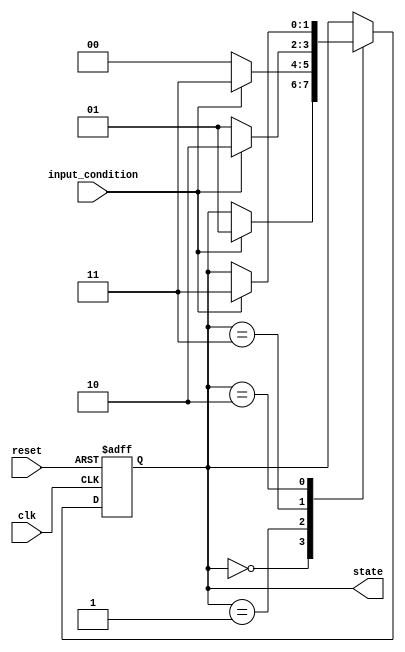
module gray_code_state_machine(
    input wire clk,
    input wire reset,
    input wire input_condition,
    output reg [1:0] state
);

parameter S0 = 2'b00;
parameter S1 = 2'b01;
parameter S2 = 2'b11;
parameter S3 = 2'b10;

always @(posedge clk or posedge reset) begin
    if (reset) begin
        state <= S0;
    end else begin
        case(state)
            S0: begin
                if(input_condition) begin
                    state <= S1;
                end
            end
            
            S1: begin
                if(!input_condition) begin
                    state <= S0;
                end else begin
                    state <= S2;
                end
            end
            
            S2: begin
                if(!input_condition) begin
                    state <= S1;
                end else begin
                    state <= S3;
                end
            end
            
            S3: begin
                if(input_condition) begin
                    state <= S2;
                end
            end
        endcase
    end
end

endmodule